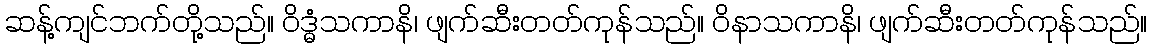
ဆန့်ကျင်ဘက်တို့သည်။ ဝိဒ္ဓံသကာနိ၊ ဖျက်ဆီးတတ်ကုန်သည်။ ဝိနာသကာနိ၊ ဖျက်ဆီးတတ်ကုန်သည်။